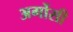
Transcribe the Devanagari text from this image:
अर्गोसी